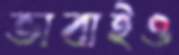
ভাবাইও